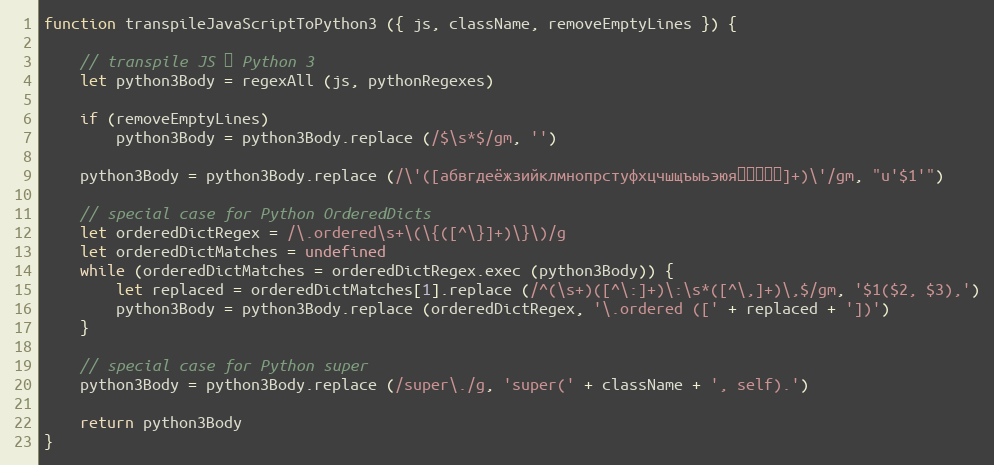
Language: JavaScript
function transpileJavaScriptToPython3 ({ js, className, removeEmptyLines }) {

    // transpile JS → Python 3
    let python3Body = regexAll (js, pythonRegexes)

    if (removeEmptyLines)
        python3Body = python3Body.replace (/$\s*$/gm, '')

    python3Body = python3Body.replace (/\'([абвгдеёжзийклмнопрстуфхцчшщъыьэюя服务端忙碌]+)\'/gm, "u'$1'")

    // special case for Python OrderedDicts
    let orderedDictRegex = /\.ordered\s+\(\{([^\}]+)\}\)/g
    let orderedDictMatches = undefined
    while (orderedDictMatches = orderedDictRegex.exec (python3Body)) {
        let replaced = orderedDictMatches[1].replace (/^(\s+)([^\:]+)\:\s*([^\,]+)\,$/gm, '$1($2, $3),')
        python3Body = python3Body.replace (orderedDictRegex, '\.ordered ([' + replaced + '])')
    }

    // special case for Python super
    python3Body = python3Body.replace (/super\./g, 'super(' + className + ', self).')

    return python3Body
}